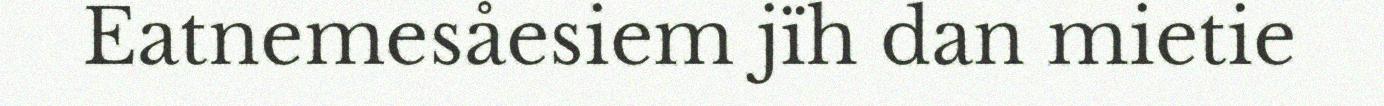
Eatnemesåesiem jïh dan mietie